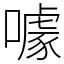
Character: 噱